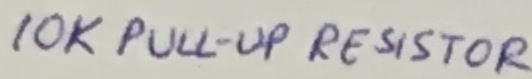
Text: 10K PULL-UP RESISTOR